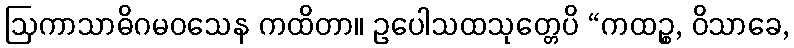
ဩကာသာဓိဂမဝသေန ကထိတာ။ ဥပေါသထသုတ္တေပိ “ကထဉ္စ, ဝိသာခေ,